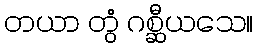
တယာ တွံ ဂစ္ဆီယသေ။